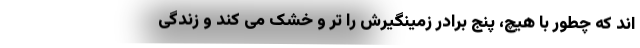
اند که چطور با هیچ، پنج برادر زمینگیرش را تر و خشک می کند و زندگی